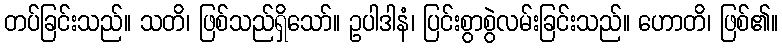
တပ်ခြင်းသည်။ သတိ၊ ဖြစ်သည်ရှိသော်။ ဥပါဒါနံ၊ ပြင်းစွာစွဲလမ်းခြင်းသည်။ ဟောတိ၊ ဖြစ်၏။